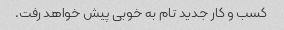
کسب و کار جدید تام به خوبی پیش خواهد رفت.